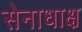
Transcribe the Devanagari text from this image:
सेनाधाक्ष